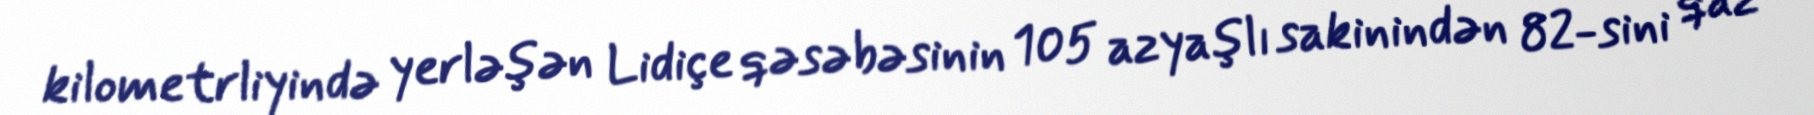
kilometrliyində yerləşən Lidiçe qəsəbəsinin 105 azyaşlı sakinindən 82-sini qaz